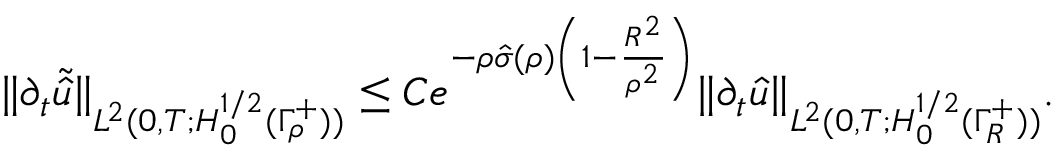
\begin{array} { r } { \| \partial _ { t } \tilde { \hat { u } } \| _ { L ^ { 2 } ( 0 , T ; H _ { 0 } ^ { 1 / 2 } ( \Gamma _ { \rho } ^ { + } ) ) } \leq C e ^ { - \rho \hat { \sigma } ( \rho ) \left( 1 - \frac { R ^ { 2 } } { \rho ^ { 2 } } \right) } \| \partial _ { t } \hat { u } \| _ { L ^ { 2 } ( 0 , T ; H _ { 0 } ^ { 1 / 2 } ( \Gamma _ { R } ^ { + } ) ) } . } \end{array}